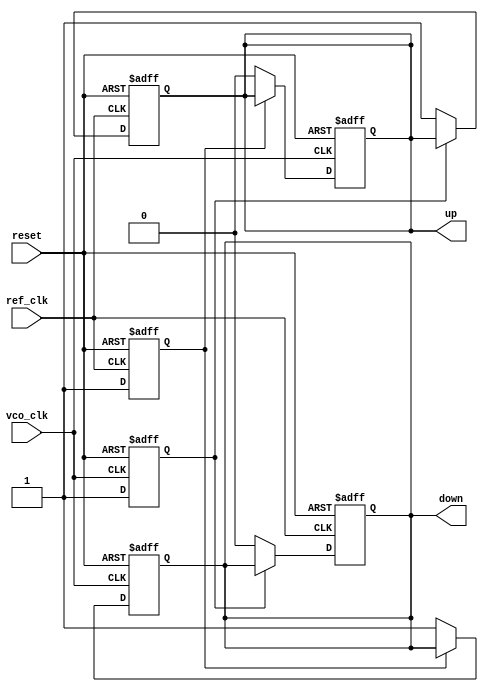
module PFD (
    input wire ref_clk,
    input wire vco_clk,
    output reg up,
    output reg down,
    input wire reset
);
    reg ref_last, vco_last;

    always @(posedge ref_clk or posedge reset) begin
        if (reset) begin
            ref_last <= 0;
            up <= 0;
            down <= 0;
        end else begin
            ref_last <= 1;
            if (!vco_last) begin
                up <= 1;
                down <= 0;
            end
        end
    end
    
    always @(posedge vco_clk or posedge reset) begin
        if (reset) begin
            vco_last <= 0;
            up <= 0;
            down <= 0;
        end else begin
            vco_last <= 1;
            if (!ref_last) begin
                down <= 1;
                up <= 0;
            end
        end
    end
endmodule